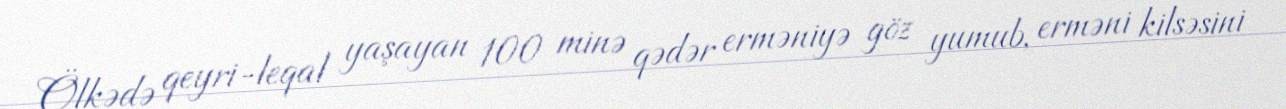
Ölkədə qeyri-leqal yaşayan 100 minə qədər erməniyə göz yumub, erməni kilsəsini